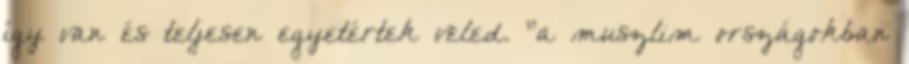
így van és teljesen egyetértek veled. "a muszlim országokban